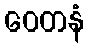
ဝေတနံ